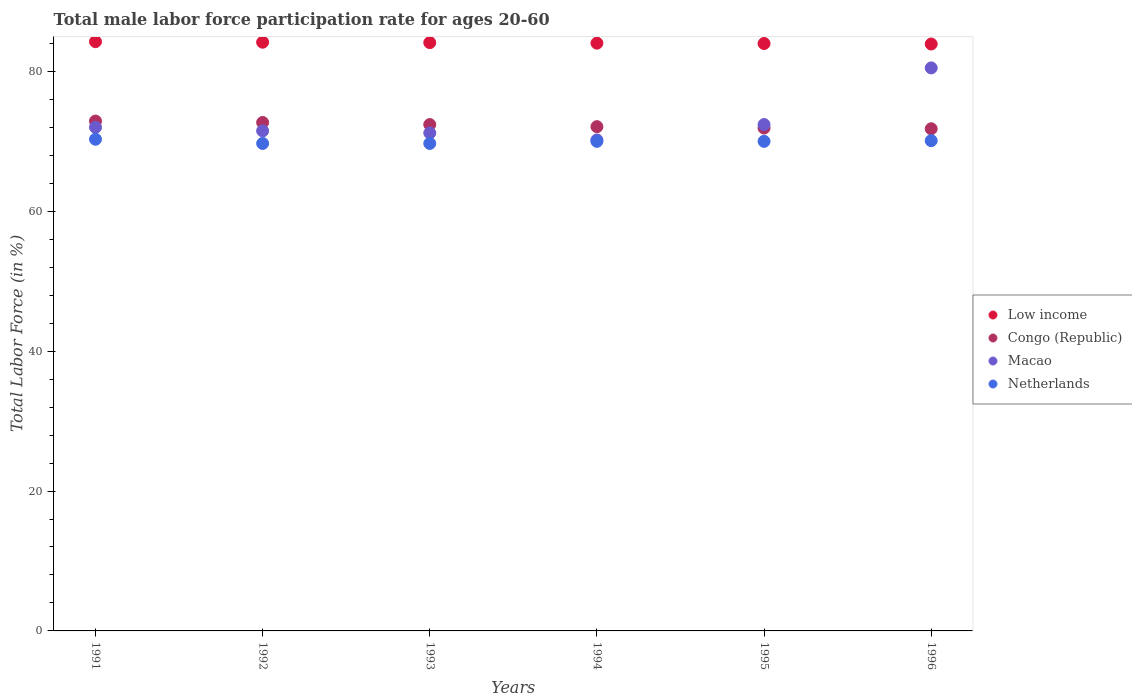
| Years | Low income | Congo (Republic) | Macao | Netherlands |
 | --- | --- | --- | --- | --- |
 | 1991 | 84.3 | 72.9 | 72 | 70.3 |
 | 1992 | 84.2 | 72.7 | 71.5 | 69.7 |
 | 1993 | 84.1 | 72.4 | 71.2 | 69.7 |
 | 1994 | 84 | 72.1 | 70.2 | 70 |
 | 1995 | 84 | 71.9 | 72.4 | 70 |
 | 1996 | 83.9 | 71.8 | 80.5 | 70.1 |